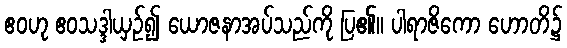
ဧဝဟု ဧဝသဒ္ဒါယှဉ်၍ ယောဇနာအပ်သည်ကို ပြ၏။ ပါရာဇိကော ဟောတိ၌